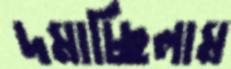
দমাচ্ছিলাম